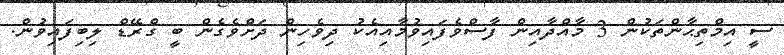
ސީ އިމްތިޙާންތަކުން 3 މާއްދާއިން ފާސްވެފައިވުމާއިއެކު ދިވެހިން ދަށްވެގެން ބީ ގްރޭޑް ލިބިފައިވުން.